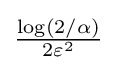
\textstyle {\frac {\log(2/\alpha )}{2\varepsilon ^{2}}}